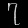
Digit: ၇